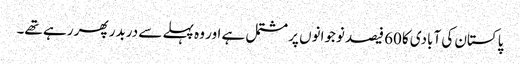
پاکستان کی آبادی کا60 فیصد نوجوانوں پر مشتمل ہے اور وہ پہلے سے دربدر پھر رہے تھے۔